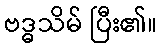
ဗဒ္ဓသိမ် ပြီး၏။